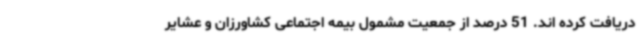
دریافت کرده اند. 51 درصد از جمعیت مشمول بیمه اجتماعی کشاورزان و عشایر